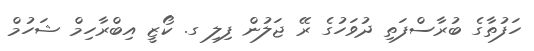
ހަފުތާގެ ބުރާސްފަތި ދުވަހުގެ ރޭ ޖަލުން ފިލި ގ. ކޯޒީ އިބްރާހިމް ޝަހުމް